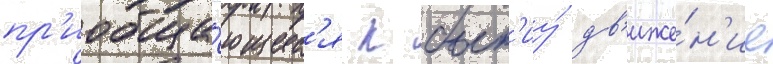
пр'иобща́ющиес'я к быт'иу́ дв'иже́н'ие